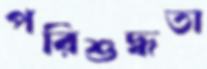
পরিশুদ্ধতা